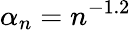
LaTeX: \alpha_{n}=n^{-1.2}